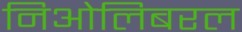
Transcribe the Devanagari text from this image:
निओलिबरल